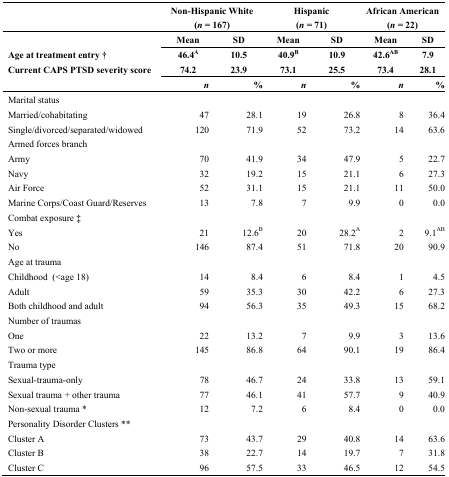
<table><thead><tr><td></td><td colspan="2"><b>Non-Hispanic White (<i>n</i> = 167)</b></td><td colspan="2"><b>Hispanic (<i>n</i> = 71)</b></td><td colspan="2"><b>African American (<i>n</i> = 22)</b></td></tr><tr><td></td><td><b>Mean</b></td><td><b>SD</b></td><td><b>Mean</b></td><td><b>SD</b></td><td><b>Mean</b></td><td><b>SD</b></td></tr><tr><td><b>Age at treatment entry †</b></td><td><b>46.4<sup>A</sup></b></td><td><b>10.5</b></td><td><b>40.9<sup>B</sup></b></td><td><b>10.9</b></td><td><b>42.6<sup>AB</sup></b></td><td><b>7.9</b></td></tr><tr><td><b>Current CAPS PTSD severity score</b></td><td><b>74.2</b></td><td><b>23.9</b></td><td><b>73.1</b></td><td><b>25.5</b></td><td><b>73.4</b></td><td><b>28.1</b></td></tr><tr><td></td><td><b><i>n</i></b></td><td><b>%</b></td><td><b><i>n</i></b></td><td><b>%</b></td><td><b><i>n</i></b></td><td><b>%</b></td></tr></thead><tbody><tr><td>Marital status</td><td></td><td></td><td></td><td></td><td></td><td></td></tr><tr><td>Married/cohabitating</td><td>47</td><td>28.1</td><td>19</td><td>26.8</td><td>8</td><td>36.4 </td></tr><tr><td>Single/divorced/separated/widowed</td><td>120</td><td>71.9</td><td>52</td><td>73.2</td><td>14</td><td>63.6 </td></tr><tr><td>Armed forces branch</td><td></td><td></td><td></td><td></td><td></td><td></td></tr><tr><td>Army</td><td>70</td><td>41.9</td><td>34</td><td>47.9</td><td>5</td><td>22.7</td></tr><tr><td>Navy </td><td>32</td><td>19.2</td><td>15</td><td>21.1</td><td>6</td><td>27.3</td></tr><tr><td>Air Force</td><td>52</td><td>31.1</td><td>15</td><td>21.1</td><td>11</td><td>50.0 </td></tr><tr><td>Marine Corps/Coast Guard/Reserves</td><td>13</td><td>7.8</td><td>7</td><td>9.9</td><td>0</td><td>0.0</td></tr><tr><td>Combat exposure <b>‡</b></td><td></td><td></td><td></td><td></td><td></td><td></td></tr><tr><td>Yes </td><td>21</td><td>12.6<sup>B</sup></td><td>20</td><td>28.2<sup>A</sup></td><td>2</td><td>9.1<sup>AB</sup></td></tr><tr><td>No </td><td>146</td><td>87.4</td><td>51</td><td>71.8</td><td>20</td><td>90.9</td></tr><tr><td>Age at trauma</td><td></td><td></td><td></td><td></td><td></td><td></td></tr><tr><td>Childhood (&lt;age 18)</td><td>14</td><td>8.4</td><td>6</td><td>8.4</td><td>1</td><td>4.5</td></tr><tr><td>Adult</td><td>59</td><td>35.3</td><td>30</td><td>42.2</td><td>6</td><td>27.3</td></tr><tr><td>Both childhood and adult</td><td>94</td><td>56.3</td><td>35</td><td>49.3</td><td>15</td><td>68.2</td></tr><tr><td>Number of traumas </td><td></td><td></td><td></td><td></td><td></td><td></td></tr><tr><td>One </td><td>22</td><td>13.2</td><td>7</td><td>9.9</td><td>3</td><td>13.6</td></tr><tr><td>Two or more</td><td>145</td><td>86.8</td><td>64</td><td>90.1</td><td>19</td><td>86.4</td></tr><tr><td>Trauma type</td><td></td><td></td><td></td><td></td><td></td><td></td></tr><tr><td>Sexual-trauma-only</td><td>78</td><td>46.7</td><td>24</td><td>33.8</td><td>13</td><td>59.1</td></tr><tr><td>Sexual trauma + other trauma</td><td>77</td><td>46.1</td><td>41</td><td>57.7</td><td>9</td><td>40.9</td></tr><tr><td>Non-sexual trauma *</td><td>12</td><td>7.2</td><td>6</td><td>8.4</td><td>0</td><td>0.0</td></tr><tr><td>Personality Disorder Clusters **</td><td></td><td></td><td></td><td></td><td></td><td></td></tr><tr><td>Cluster A</td><td>73</td><td>43.7</td><td>29</td><td>40.8</td><td>14</td><td>63.6</td></tr><tr><td>Cluster B</td><td>38</td><td>22.7</td><td>14</td><td>19.7</td><td>7</td><td>31.8</td></tr><tr><td>Cluster C</td><td>96</td><td>57.5</td><td>33</td><td>46.5</td><td>12</td><td>54.5</td></tr></tbody></table>